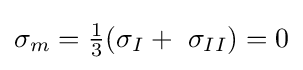
{{\sigma }_{m}}={\tfrac {1}{3}}({{\sigma }_{I}}+\ {{\sigma }_{II}})=0